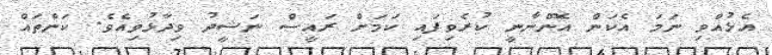
އެޅުއްވި ނަމަ އެކަން އޮންނާނީ ކުރެވިފައި ކަމަށް ރައީސް ނަޝީދު ވިދާޅުވިއެވެ. ކަންތައް